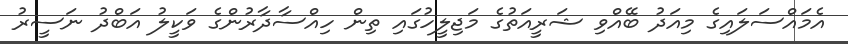
އެމައްސަލައިގެ މިއަދު ބޭއްވި ޝަރީއަތުގެ މަޖިލީހުގައި ތިން ހިއްސާދާރުންގެ ވަކީލު އަބްދު ނަސީރު